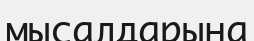
мысалдарына